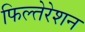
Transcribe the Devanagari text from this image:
फिल्तेरेशन